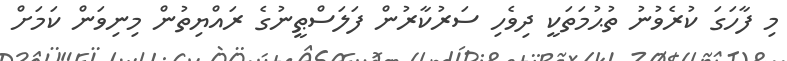
މި ފާހަގަ ކުރެވުނު ތުޙުމަތަކީ ދިވެހި ސަރުކާރުން ފަލަސްޠީނުގެ ރައްޔިތުން މިނިވަން ކަމަށް